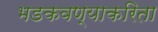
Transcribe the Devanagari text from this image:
भडकवण्याकरिता